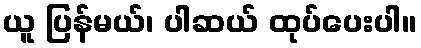
ယူ ပြန်မယ်၊ ပါဆယ် ထုပ်ပေးပါ။